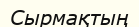
Сырмақтың